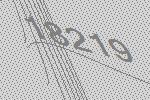
18219